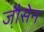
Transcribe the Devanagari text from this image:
जौ़सेन